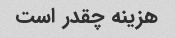
هزینه چقدر است